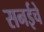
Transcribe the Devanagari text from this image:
सनईचे